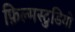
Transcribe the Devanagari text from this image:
फ़िल्मस्टुडियो